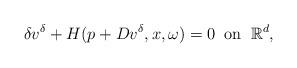
LaTeX: \begin{align*} \delta v^\delta+H(p+Dv^\delta,x,\omega)=0\;\;\textrm{on}\;\;\mathbb{R}^d,\end{align*}